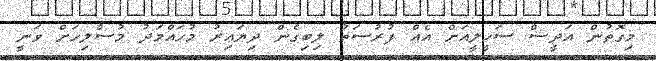
މިގޮތުން އަދީސް ސަހީލީއަށް އެއް ފުރުސަތު ލިބިގެން ދިޔައިރު މުހައްމަދު މުސްލިހަށް ވަނީ